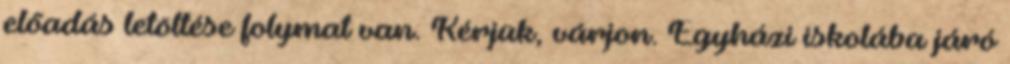
előadás letöltése folymat van. Kérjük, várjon. Egyházi iskolába járó